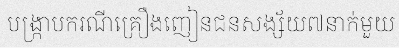
បង្ក្រាបករណីគ្រឿងញៀនជនសង្ស័យ៧នាក់មួយ